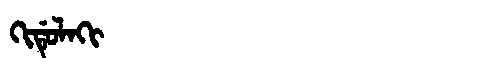
Manchu: ᡴᡳᡩᡠᠯᠠᡴᡳ
Romanization: KIDULAKI